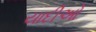
યાદીઓ